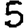
Digit: 5